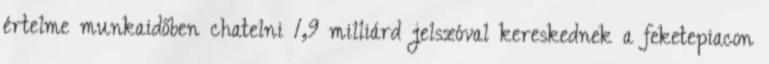
értelme munkaidőben chatelni 1,9 milliárd jelszóval kereskednek a feketepiacon